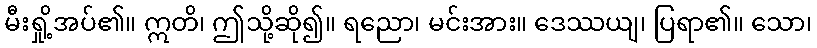
မီးရှို့အပ်၏။ ဣတိ၊ ဤသို့ဆို၍။ ရညော၊ မင်းအား။ ဒေဿယျ၊ ပြရာ၏။ သော၊